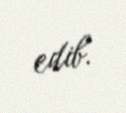
edib.